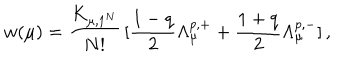
LaTeX: w ( \mu ) = \frac { K _ { \mu , 1 ^ { N } } } { N ! } \, [ \frac { 1 - q } { 2 } \Lambda _ { \mu } ^ { p , + } + \frac { 1 + q } { 2 } \Lambda _ { \mu } ^ { p , - } ] \, ,